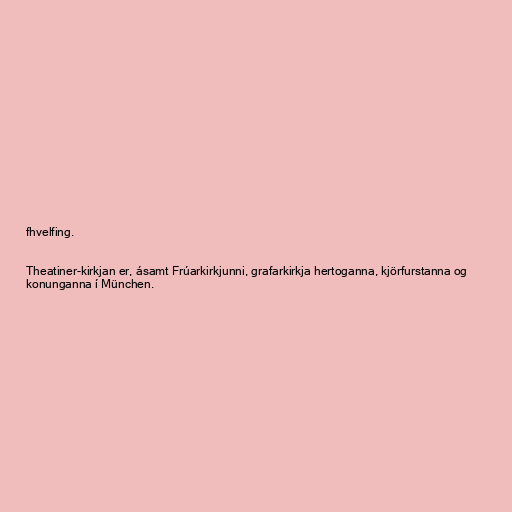
fhvelfing.

Theatiner-kirkjan er, ásamt Frúarkirkjunni, grafarkirkja hertoganna, kjörfurstanna og
konunganna í München.